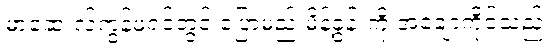
မာဆေးလ်ကွန်ဖရင့်တွင် ပြောမည့် မိန့်ခွန်းကို အချောကိုင်သည်။